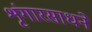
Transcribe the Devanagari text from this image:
शृंगारसाधने